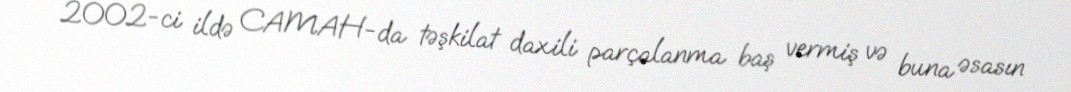
2002-ci ildə CAMAH-da təşkilat daxili parçalanma baş vermiş və buna əsasın